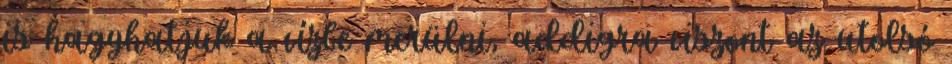
is hagyhatjuk a vízbe merülni, addigra viszont az utolsó